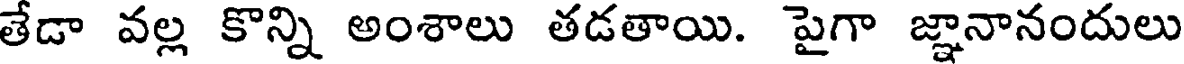
తేడా వల్ల కొన్ని అంశాలు తడతాయి. పైగా జ్ఞానానందులు